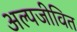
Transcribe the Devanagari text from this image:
अल्पजीवित